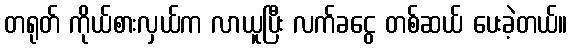
တရုတ် ကိုယ်စားလှယ်က လာယူပြီး လက်ခငွေ တစ်ဆယ် ပေးခဲ့တယ်။